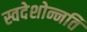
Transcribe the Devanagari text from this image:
स्वदेशोन्नति